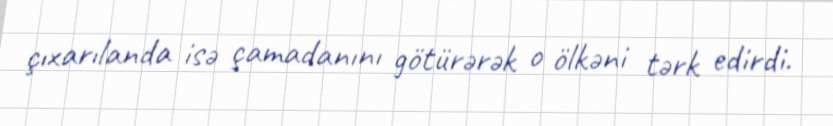
çıxarılanda isə çamadanını götürərək o ölkəni tərk edirdi.